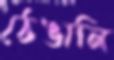
ঠেঙালি